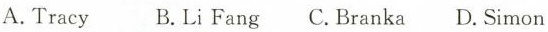
A.Tracy B.Li Fang C.Branka D.Simon